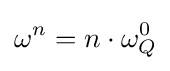
\omega ^{n}=n\cdot \omega _{Q}^{0}